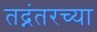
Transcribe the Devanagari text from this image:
तद्नंतरच्या